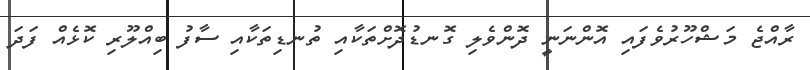
ރާއްޖެ މަޝްހޫރުވެފައި އޮންނަނީ ދޮންވެލި ގޮނޑުދޮށްތަކާއި ތުނޑިތަކާއި ސާފު ބިއްލޫރި ކޮޅެއް ފަދަ